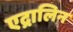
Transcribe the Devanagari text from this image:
एद्रालिन